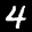
Label: 4